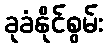
ခုခံနိုင်စွမ်း